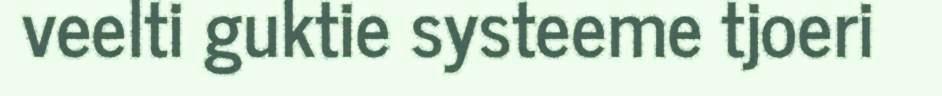
veelti guktie systeeme tjoeri